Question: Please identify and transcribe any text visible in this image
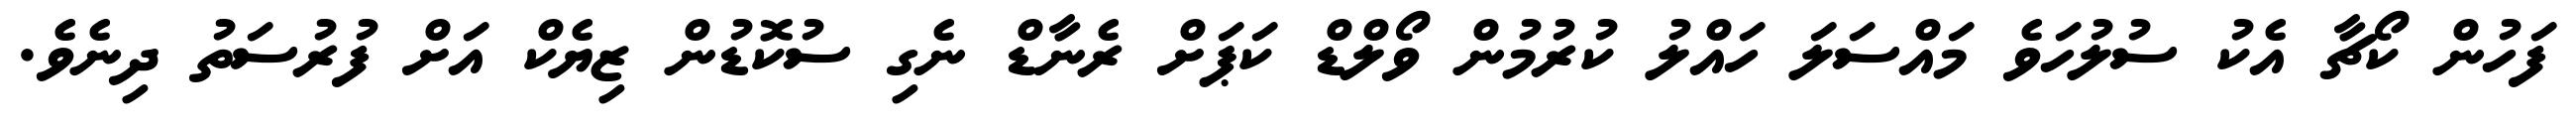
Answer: ފަހުން ކޯޗާ އެކު ސުލުހަވެ މައްސަލަ ހައްލު ކުރުމުން ވޯލްޑް ކަޕަށް ރެނާޑް ނެގި ސުކޮޑުން ޒިޔެކް އަށް ފުރުސަތު ދިނެވެ.